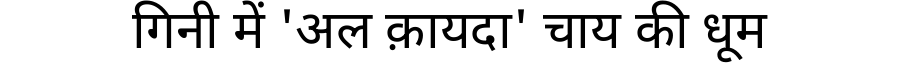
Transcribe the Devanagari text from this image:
गिनी में 'अल क़ायदा' चाय की धूम